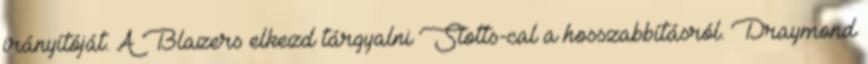
irányítóját. A Blazers elkezd tárgyalni Stotts-cal a hosszabbításról. Draymond